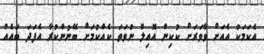
އެކަމަކު އެއަށް ވާވަރަށް ކުކިން އޮއިލް ނުވަތަ ކެއްކުމަށް ބޭނުންކުރާ އެފަދަ ބައެއް